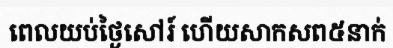
ពេលយប់ថ្ងៃសៅរ៍ ហើយសាកសព៥នាក់